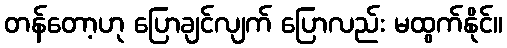
တန်တော့ဟု ပြောချင်လျက် ပြောလည်း မထွက်နိုင်။